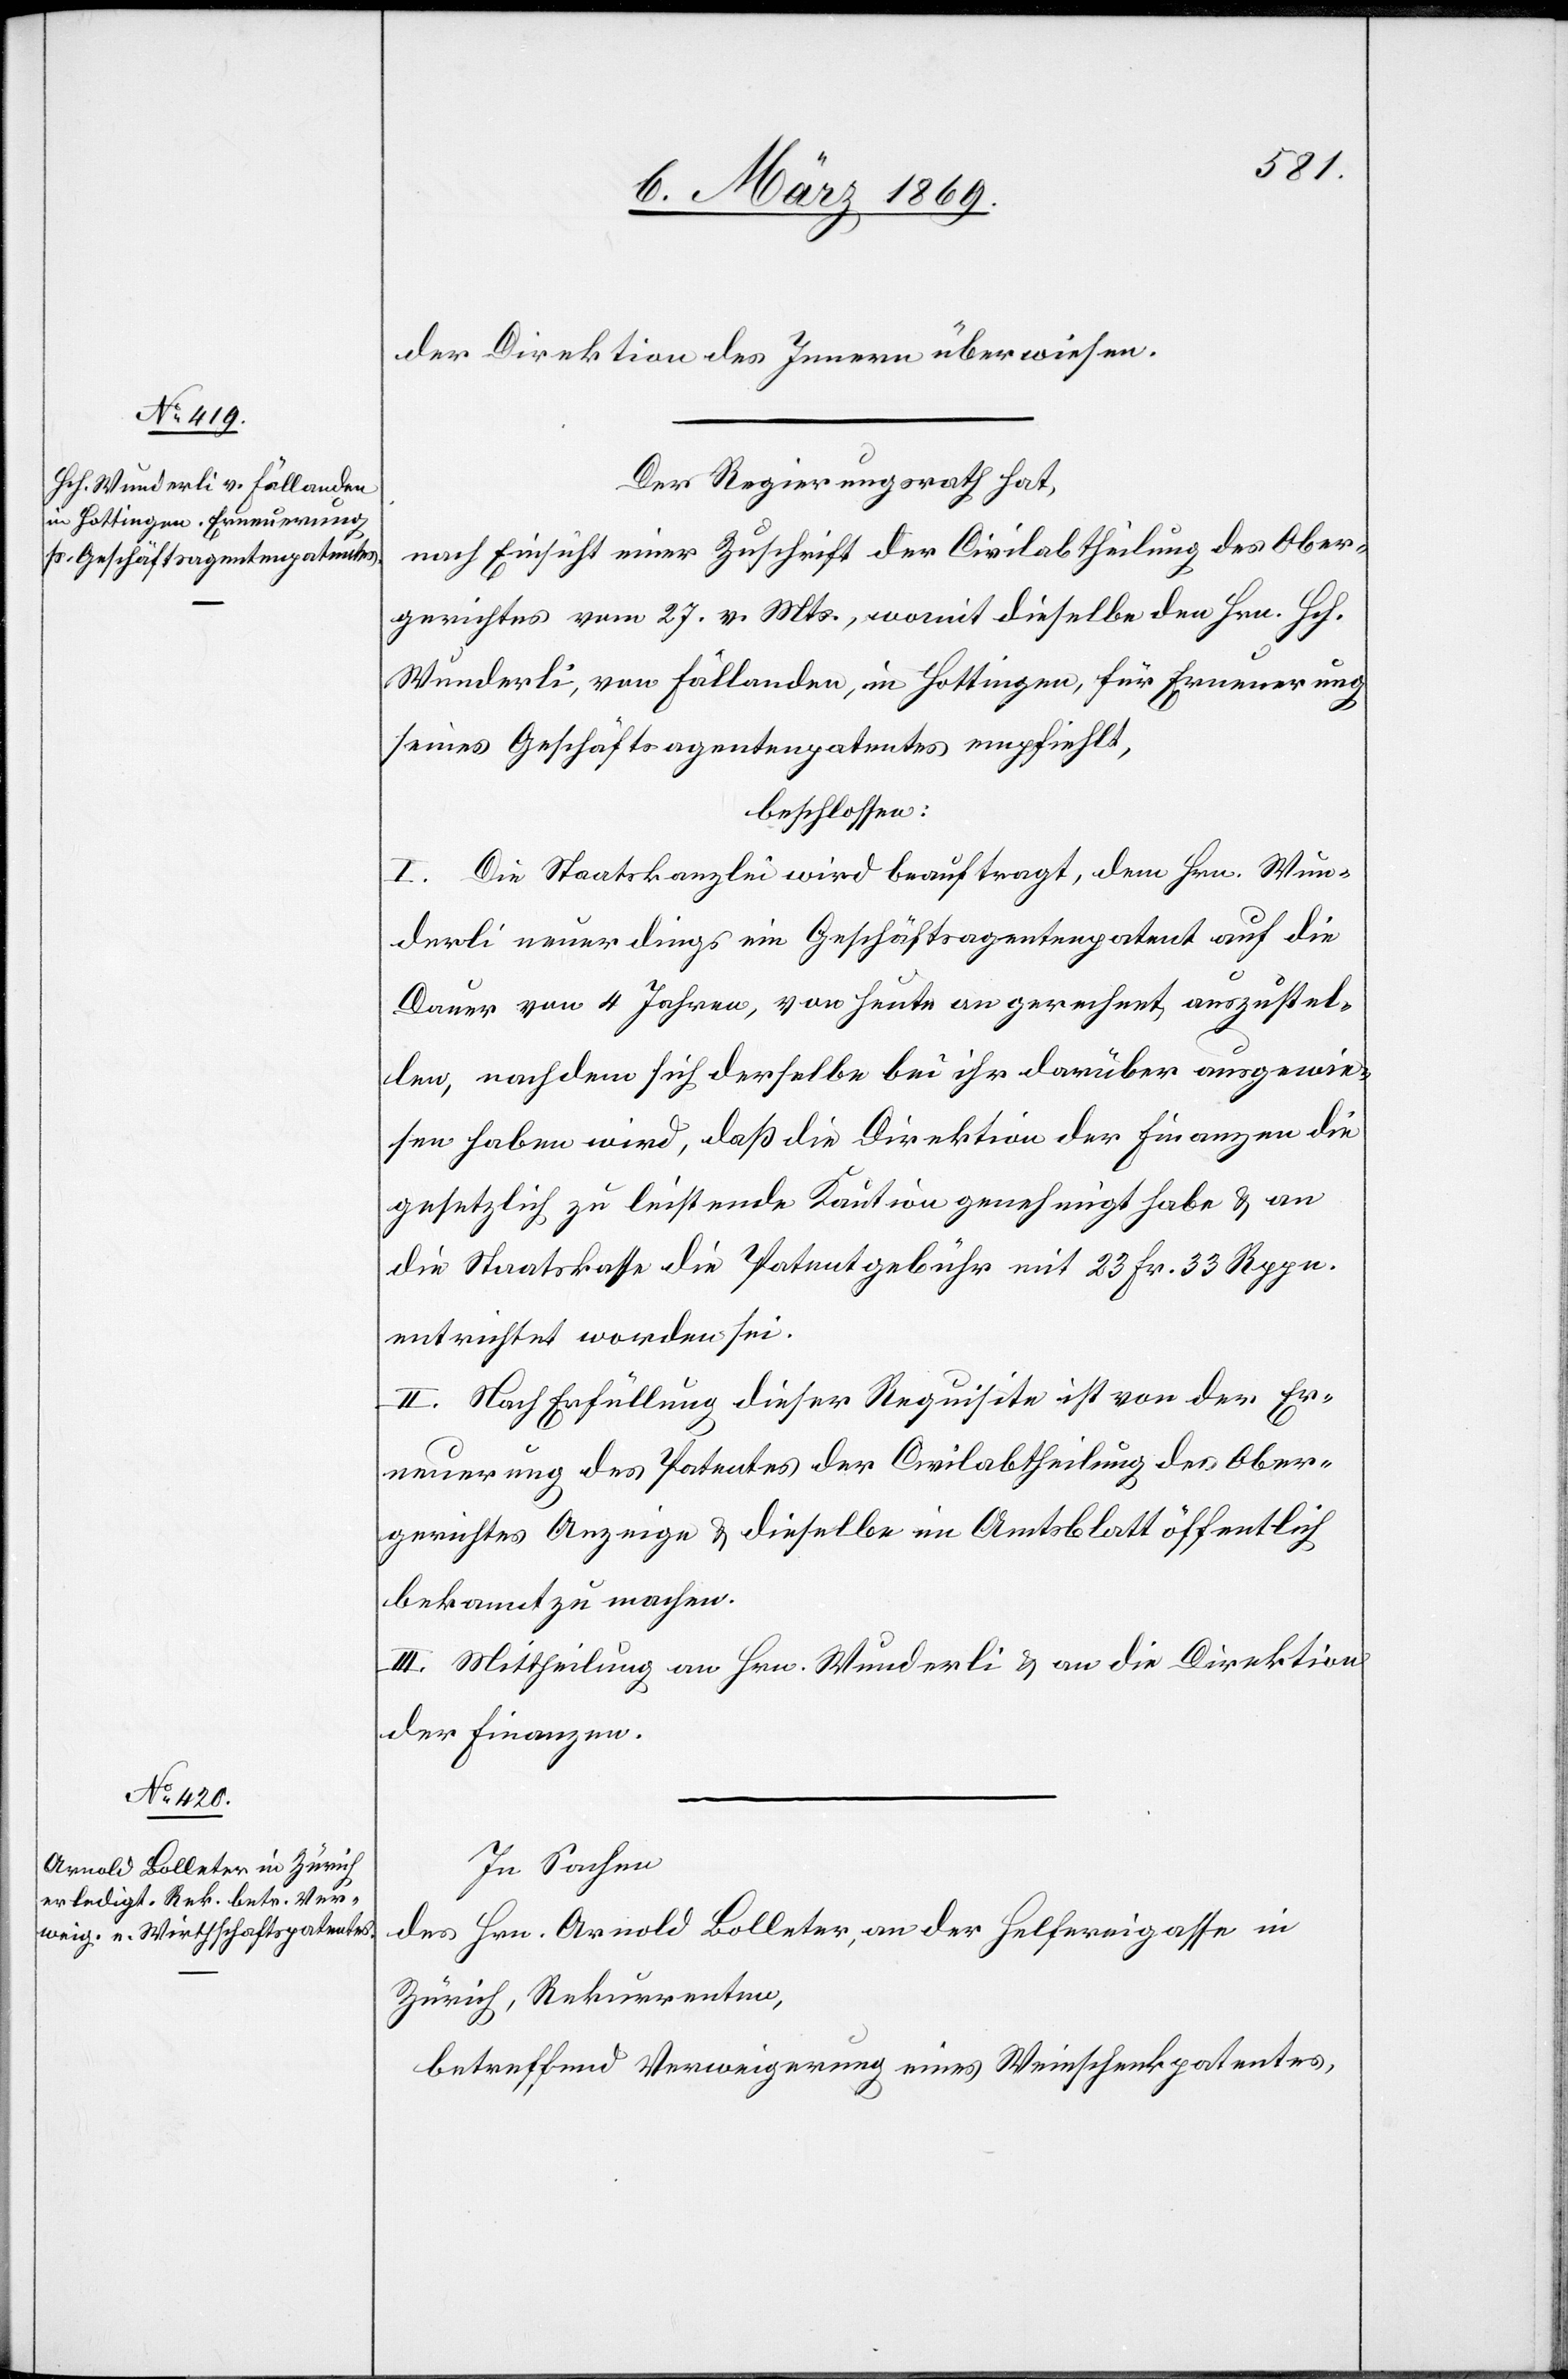
der Direktion des Innern überwiesen.
Der Regierungsrath hat,
nach Einsicht einer Zuschrift der Civilabtheilung des Ober¬
gerichtes vom 27. v. Mts., womit dieselbe den Hrn. Hch.
Wunderli, von Fällanden, in Hottingen, für Erneuerung
seines Geschäftsagentenpatentes empfiehlt,
beschlossen:
I. Die Staatskanzlei wird beauftragt, dem Hrn. Wun¬
derli neuerdings ein Geschäftsagentenpatent auf die
Dauer von 4 Jahren, von heute an gerechnet, auszustel¬
len, nachdem sich derselbe bei ihr darüber ausgewie¬
sen haben wird, daß die Direktion der Finanzen die
gesetzlich zu leistende Kaution genehmigt habe & an
die Staatskasse die Patentgebühr mit 23 Fr. 33 Rppn.
entrichtet worden sei.
II. Nach Erfüllung dieser Requisite ist von der Er¬
neuerung des Patentes der Civilabtheilung des Ober¬
gerichtes Anzeige & dieselbe im Amtsblatt öffentlich
bekannt zu machen.
III. Mittheilung an Hrn. Wunderli & an die Direktion
der Finanzen.
In Sachen
des Hrn. Arnold Bolleter, an der Helfereigasse in
Zürich, Rekurrenten,
betreffend Verweigerung eines Weinschenkpatentes,